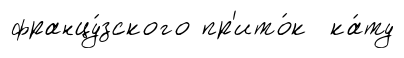
францу́зского пр'ито́к ка́ту